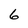
Character: 6